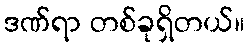
ဒဏ်ရာ တစ်ခုရှိတယ်။